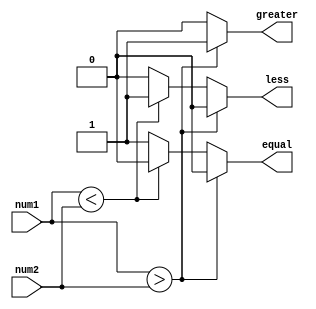
module magnitude_comparator (
    input [3:0] num1,
    input [3:0] num2,
    output reg greater,
    output reg less,
    output reg equal
);

always @(*) begin
    if (num1 > num2) begin
        greater = 1;
        less = 0;
        equal = 0;
    end else if (num1 < num2) begin
        greater = 0;
        less = 1;
        equal = 0;
    end else begin
        greater = 0;
        less = 0;
        equal = 1;
    end
end

endmodule